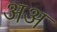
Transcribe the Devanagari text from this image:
अअ